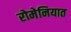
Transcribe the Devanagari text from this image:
रोमेनियात